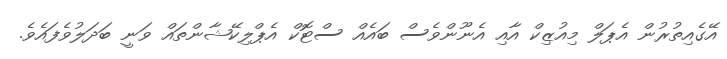
އޭގެއިތުރުން އެޕަލް މިއުޒިކް އާއި އެނޫންވެސް ބައެއް ސްޓޮކް އެޕްލިކޭޝާންތައް ވަނީ ބަދަލުވެފައެވެ.